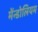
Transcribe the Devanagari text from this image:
मेंन्डोलियम